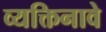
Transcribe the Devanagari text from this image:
व्यक्तिनावे